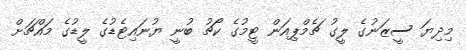
މިދިޔަ ސީޒަނުގެ ލީގު ޗެމްޕިއަން ޓީމުގެ ކޯޗު ބުނީ ޔުނައިޓެޑުގެ ލީޑުގެ މައްޗަށް